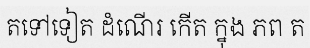
តទៅទៀត ដំណើរ កើត ក្នុង ភព ត